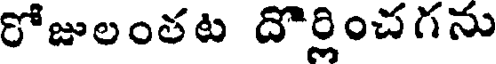
రోజులంతట దొర్లించగను